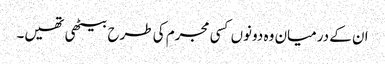
ان کے درمیان وہ دونوں کسی مجرم کی طرح بیٹھی تھیں۔